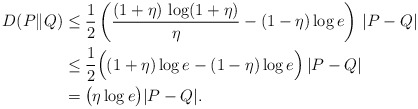
\begin{align*}D(P\|Q) & \leq \frac{1}{2} \left( \frac{(1+\eta) \, \log(1+\eta)}{\eta} - (1-\eta) \log e \right)\, |P-Q| \\& \leq \frac{1}{2} \Bigl( (1+\eta) \log e - (1-\eta) \log e \Bigr) \, |P-Q| \\& = \bigl( \eta \log e \bigr) |P-Q|.\end{align*}